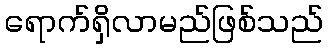
ရောက်ရှိလာမည်ဖြစ်သည်